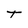
Character: T